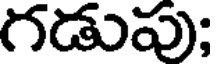
గడుపు;